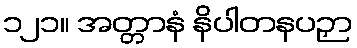
၁၂၁။ အတ္တာနံ နိပါတနပဉှာ